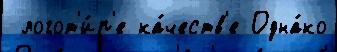
 логот'и́п'е ка́честв'е Одна́ко